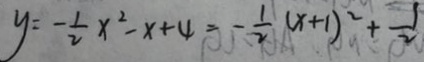
y = - \frac { 1 } { 2 } x ^ { 2 } - x + 4 = - \frac { 1 } { 2 } ( x + 1 ) ^ { 2 } + \frac { 1 } { 2 }